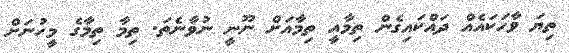
ތިޔަ ވާހަކައެއް ދައްކައިގެން ތިމާއީ ތިމާއަށް ނޫނީ ނުވާނެތަ. ތިމާ ތިމާގެ މީހުނަށް